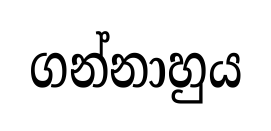
ගන්නාහුය